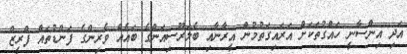
އަދި އިންސާނީ ހައްގުތަކަށް އަރައިގަތުމުން އީރާނާއި ބެލަރޫސިއަންގެ ބައެއް ވެރިންގެ ފަންޑުތައް ފްރީޒް